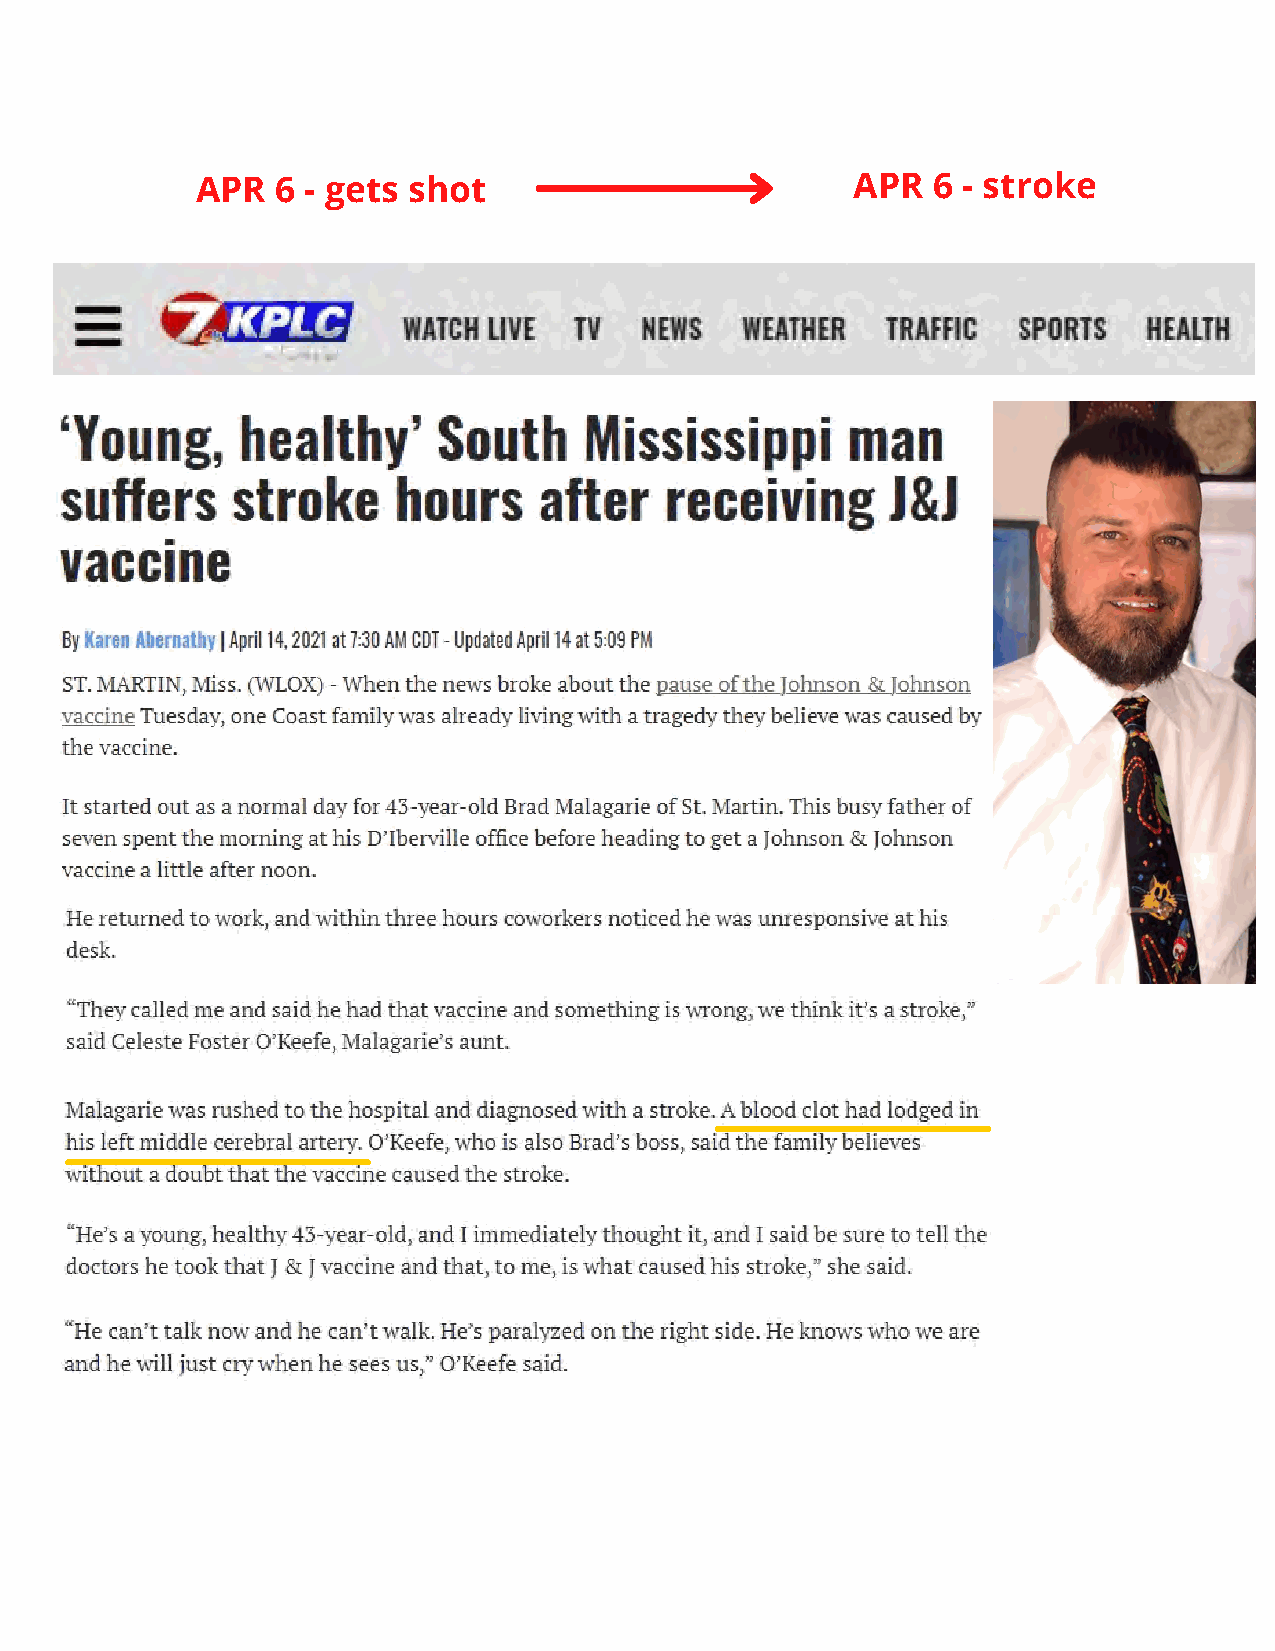
APR  6 - gets shot                          APR  6 - stroke